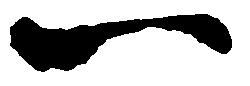
一